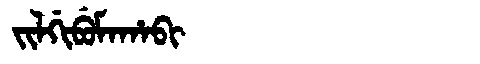
Manchu: ᠵᡳᠯᡤᡳᠪᡠᠮᠠᡥᠠᠪᡳ
Romanization: JILGIBUMAHABI